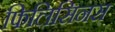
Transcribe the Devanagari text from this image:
फिलिसिनस